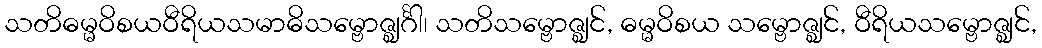
သတိဓမ္မဝိစယဝီရိယသမာဓိသမ္ဗောဇ္ဈင်္ဂါ၊ သတိသမ္ဗောဇ္ဈင်, ဓမ္မဝိစယ သမ္ဗောဇ္ဈင်, ဝီရိယသမ္ဗောဇ္ဈင်,